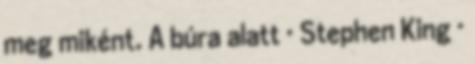
meg miként. A búra alatt · Stephen King ·